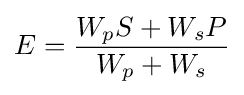
E={\frac {W_{p}S+W_{s}P}{W_{p}+W_{s}}}